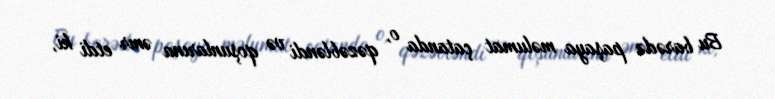
Bu barədə paşaya məlumat çatanda o, qəzəbləndi və qoşunlarına əmr etdi ki,